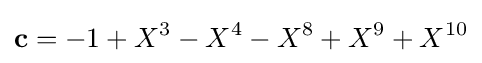
{\textbf {c}}=-1+X^{3}-X^{4}-X^{8}+X^{9}+X^{10}